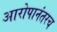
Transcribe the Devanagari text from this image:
आरोपानंतरच